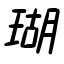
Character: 瑚